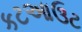
કટઆઉટ